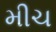
મીચ